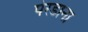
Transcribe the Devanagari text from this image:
पेरडाना